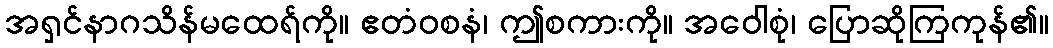
အရှင်နာဂသိန်မထေရ်ကို။ ဧတံဝစနံ၊ ဤစကားကို။ အဝေါစုံ၊ ပြောဆိုကြကုန်၏။